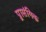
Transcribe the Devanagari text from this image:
प्र्रासंगिक